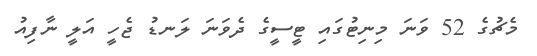
މެޗުގެ 52 ވަނަ މިނިޓުގައި ޓީސީގެ ދެވަނަ ލަނޑު ޖެހީ އަލީ ނާފިއު